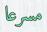
مسرعا